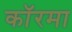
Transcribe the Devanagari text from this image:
कॉरमा